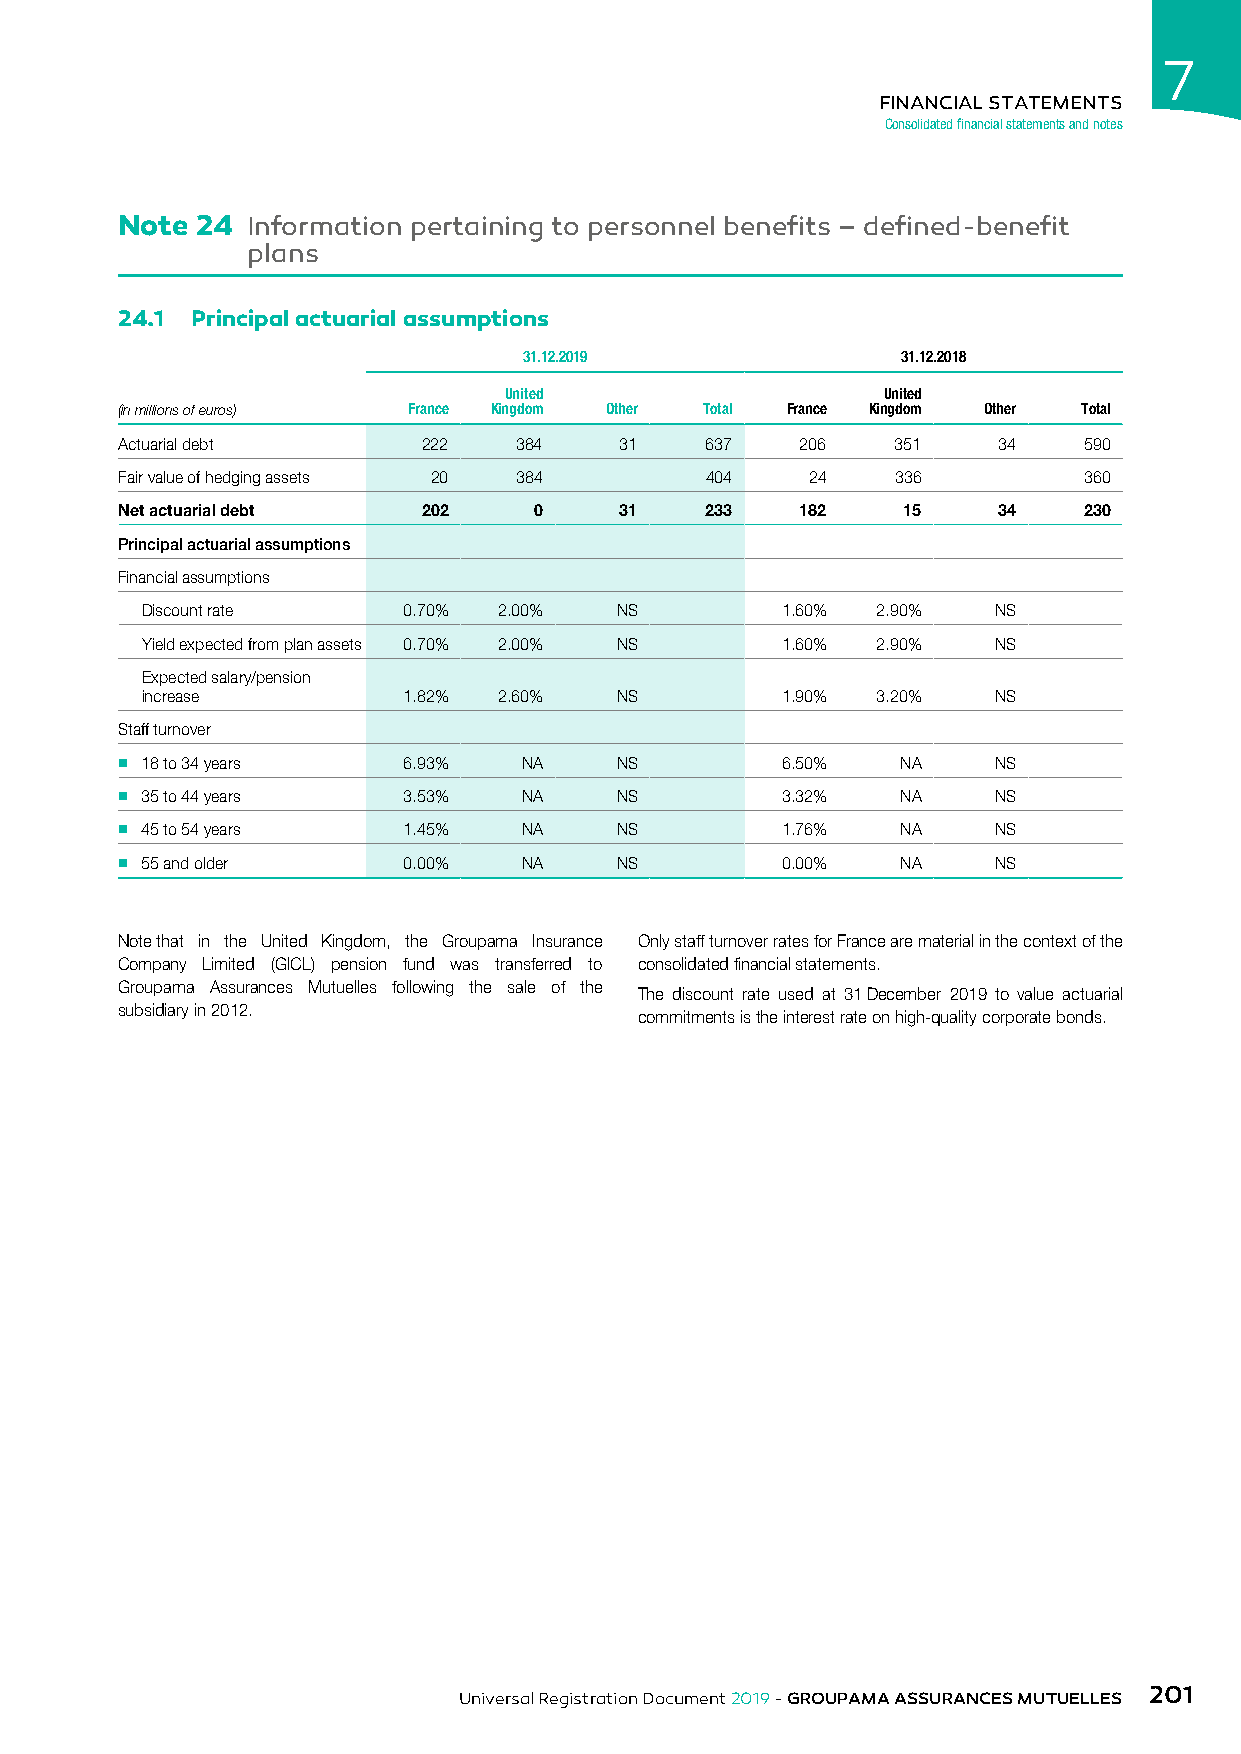
7
 FINANCIAL STATEMENTS
 Consolidated financial statements and notes
 Note 24 Information pertaining to personnel benefits – defined-benefit
 plans
 24.1 Principal actuarial assumptions
 31.12.2019               31.12.2018
 United                   United
 (in millions of euros) France Kingdom Other Total France Kingdom Other Total
 Actuarial debt      222   384    31    637   206   351    34    590
 Fair value of hedging assets 20 384    404    24   336          360
 Net actuarial debt  202    0     31    233   182    15    34    230
 Principal actuarial assumptions
 Financial assumptions
 Discount rate     0.70% 2.00%   NS         1.60% 2.90%   NS
 Yield expected from plan assets 0.70% 2.00% NS 1.60% 2.90% NS
 Expected salary/pension
 increase          1.82% 2.60%   NS         1.90% 3.20%   NS
 Staff turnover
 n 18 to 34 years   6.93%   NA    NS         6.50%   NA    NS
 n 35 to 44 years   3.53%   NA    NS         3.32%   NA    NS
 n 45 to 54 years   1.45%   NA    NS         1.76%   NA    NS
 n 55 and older     0.00%   NA    NS         0.00%   NA    NS
 Note that in the United Kingdom, the Groupama Insurance Only staff turnover rates for France are material in the context of the
 Company Limited (GICL) pension fund was transferred to consolidated financial statements.
 Groupama Assurances Mutuelles following the sale of the
 The discount rate used at 31 December 2019 to value actuarial
 subsidiary in 2012.
 commitments is the interest rate on high-quality corporate bonds.
 201
 Universal Registration Document 2019 - GROUPAMA ASSURANCES MUTUELLES